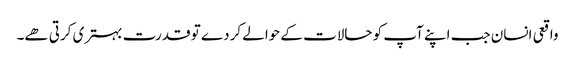
واقعی انسان جب اپنے آپ کو حالات کے حوالے کردے تو قدرت بہتری کرتی ھے۔